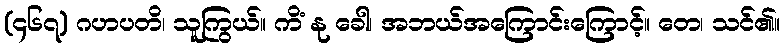
(၄၆၇) ဂဟပတိ၊ သူကြွယ်။ ကိံ နု ခေါ၊ အဘယ်အကြောင်းကြောင့်။ တေ၊ သင်၏။